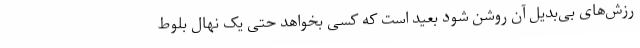
رزش‌های بی‌بدیل آن روشن شود بعید است که کسی بخواهد حتی یک نهال بلوط